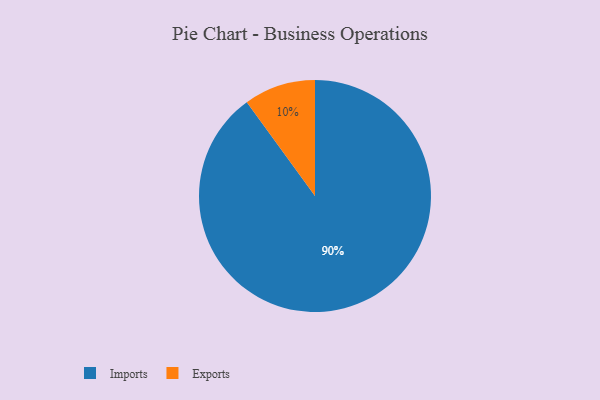
{"axis": {"x": "Category", "y": "Percentage"}, "legend": ["Exports", "Imports"], "data": [{"x": "Imports", "y": 90, "type": "Imports"}, {"x": "Exports", "y": 10, "type": "Exports"}]}